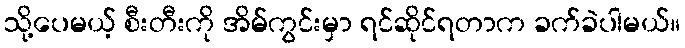
သို့ပေမယ့် စီးတီးကို အိမ်ကွင်းမှာ ရင်ဆိုင်ရတာက ခက်ခဲပါမယ်။